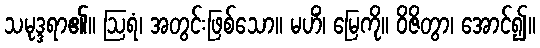
သမုဒ္ဒရာ၏။ ဩရံ၊ အတွင်းဖြစ်သော။ မဟိံ၊ မြေကို။ ဝိဇိတွာ၊ အောင်၍။